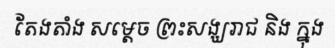
តែងតាំង សម្តេច ព្រះសង្ឃរាជ និង ក្នុង